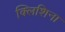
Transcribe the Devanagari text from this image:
क्लिशिना